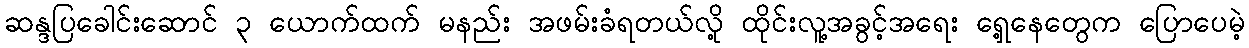
ဆန္ဒပြခေါင်းဆောင် ၃ ယောက်ထက် မနည်း အဖမ်းခံရတယ်လို့ ထိုင်းလူ့အခွင့်အရေး ရှေ့နေတွေက ပြောပေမဲ့